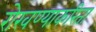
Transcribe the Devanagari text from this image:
रोखण्याकरिता